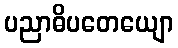
ပညာဓိပတေယျော